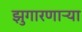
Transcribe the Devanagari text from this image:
झुगारणाऱ्या